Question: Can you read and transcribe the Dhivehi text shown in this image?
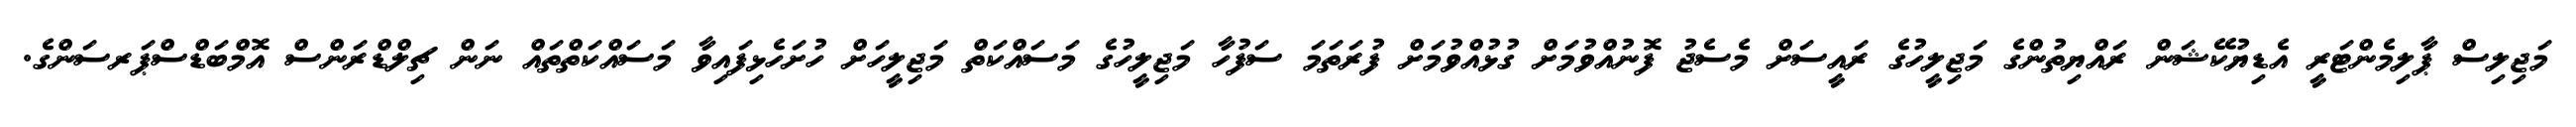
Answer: މަޖިލިސް ޕާލިމެންޓަރީ އެޑިޔުކޭޝަން ރައްޔިތުންގެ މަޖިލީހުގެ ރައީސަށް މެސެޖު ފޮނުއްވުމަށް ގުޅުއްވުމަށް ފުރަތަމަ ސަފުހާ މަޖިލީހުގެ މަސައްކަތް މަޖިލީހަށް ހުށަހެޅިފައިވާ މަސައްކަތްތައް ނަން ޗިލްޑްރަންސް އޮމްބަޑްސްޕަރސަންގެ.